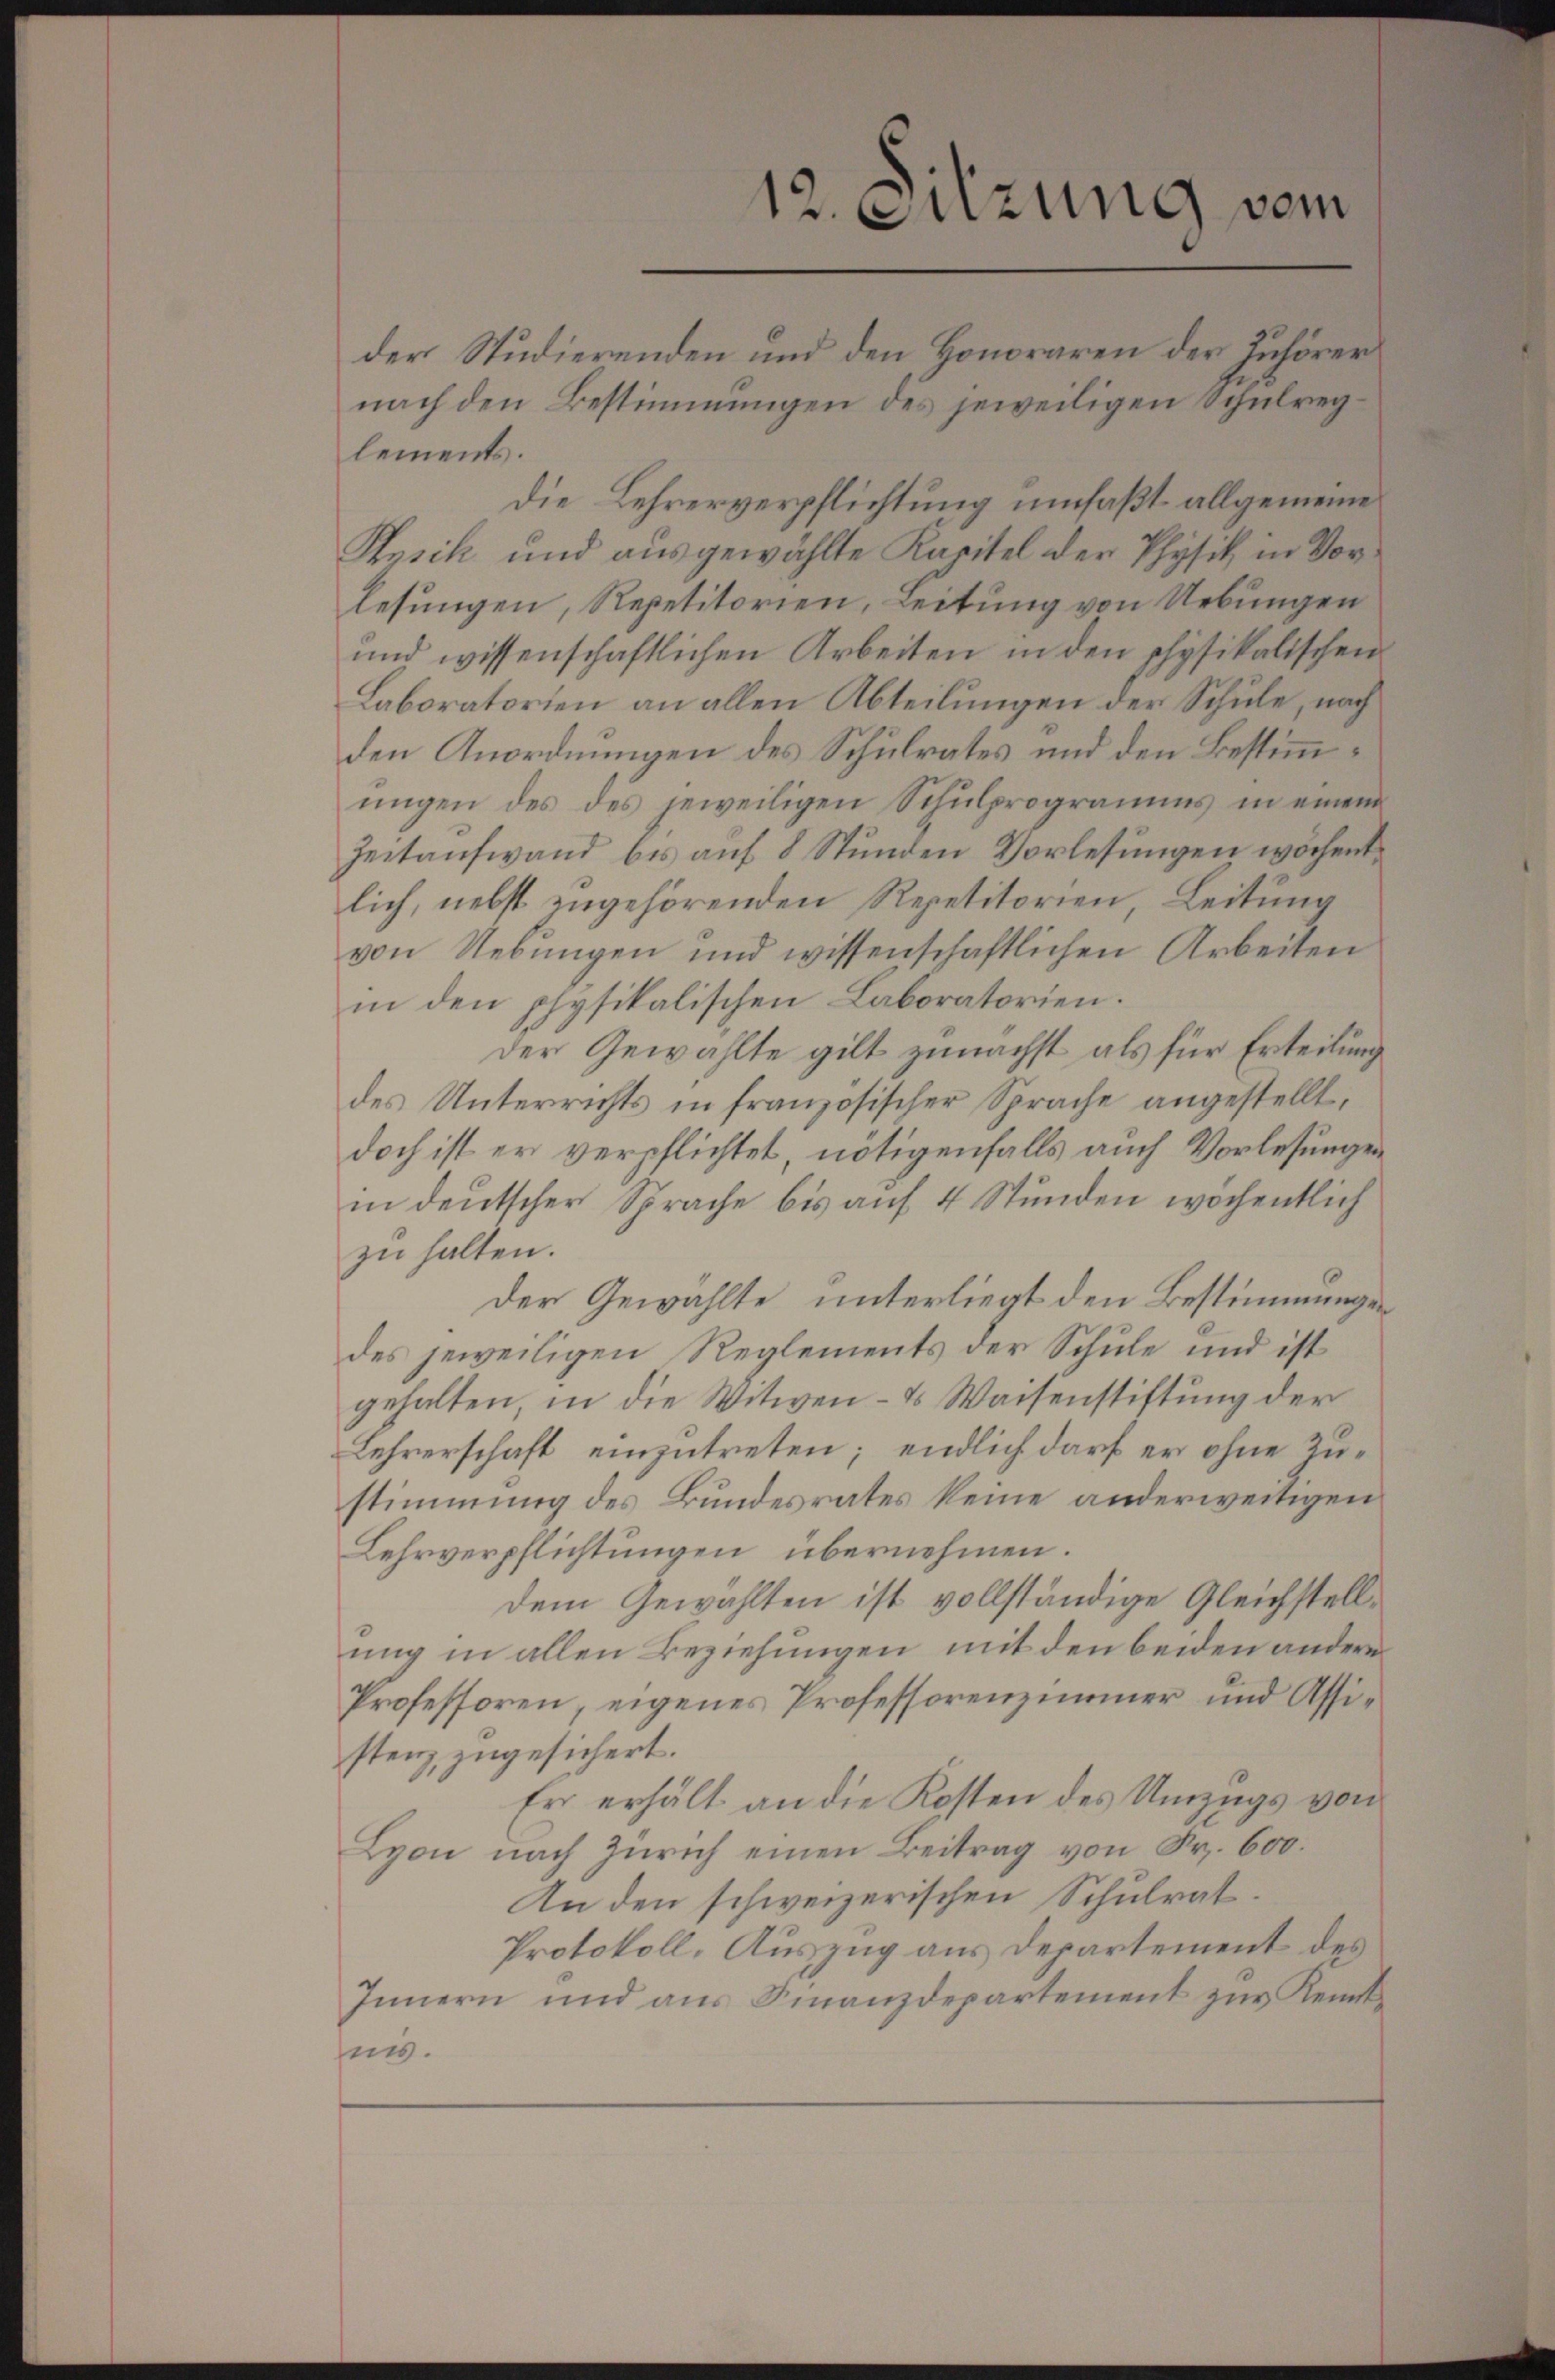
der Studierenden und den Honoraren der Zuhörer
nach den Bestimmungen des jeweiligen Schulreglements.
die Lehrerverpflichtung umfaßt allgemeine
Physik und ausgewählte Kapitel der Physik in Vorlesungen, Repetitorien, Leitung von Uebungen
und wissenschaftlichen Arbeiten in den physikalischen
Laboratorien an allen Abteilungen der Schule, nach
den Anordnungen des Schulrates und den Bestimmŭngen des des jeweiligen Schŭlprogramms in einem
Zeitaufwand bis auf 8 Stunden Vorlesungen wöchentlich, nebst zugehörenden Repetitorien, Leitung
von Uebungen und wissenschaftlichen Arbeiten
in den physikalischen Laboratorien.
der Gewählte gilt zunächst als für Erteilung
des Unterrichts in französischer Sprache angestellt,
doch ist er verpflichtet, nötigenfalls auch Vorlesungen
in deutscher Sprache bis auf 4 Stunden wochentlich
zu halten.
Der Gewählte, unterliegt den Bestimmungen
des jeweiligen Reglements der Schule und ist
gehalten in die Witwen- & Waisenstiftung der
Lehrerschaft einzutreten; endlich darf er ohne Zustimmung des Bundesrates keine anderweitigen
Lehrverpflichtungen übernehmen.
dem Gewählten ist vollständige Gleichstellung in allen Beziehungen, mit den beiden andere
Professoren, eigenes Professorenzimmer und Assistenz zugesichert.
Er erhält an die Kosten des Umzugs von
Lyon nach Zürich einen Beitrag von Fr. 600.
An den schweizerischen Schulrat.
Protokoll. Auszug aus Departement des
Innern und aŭs Finanzdepartement zŭr Kennt¬
.

12. Suzung vom